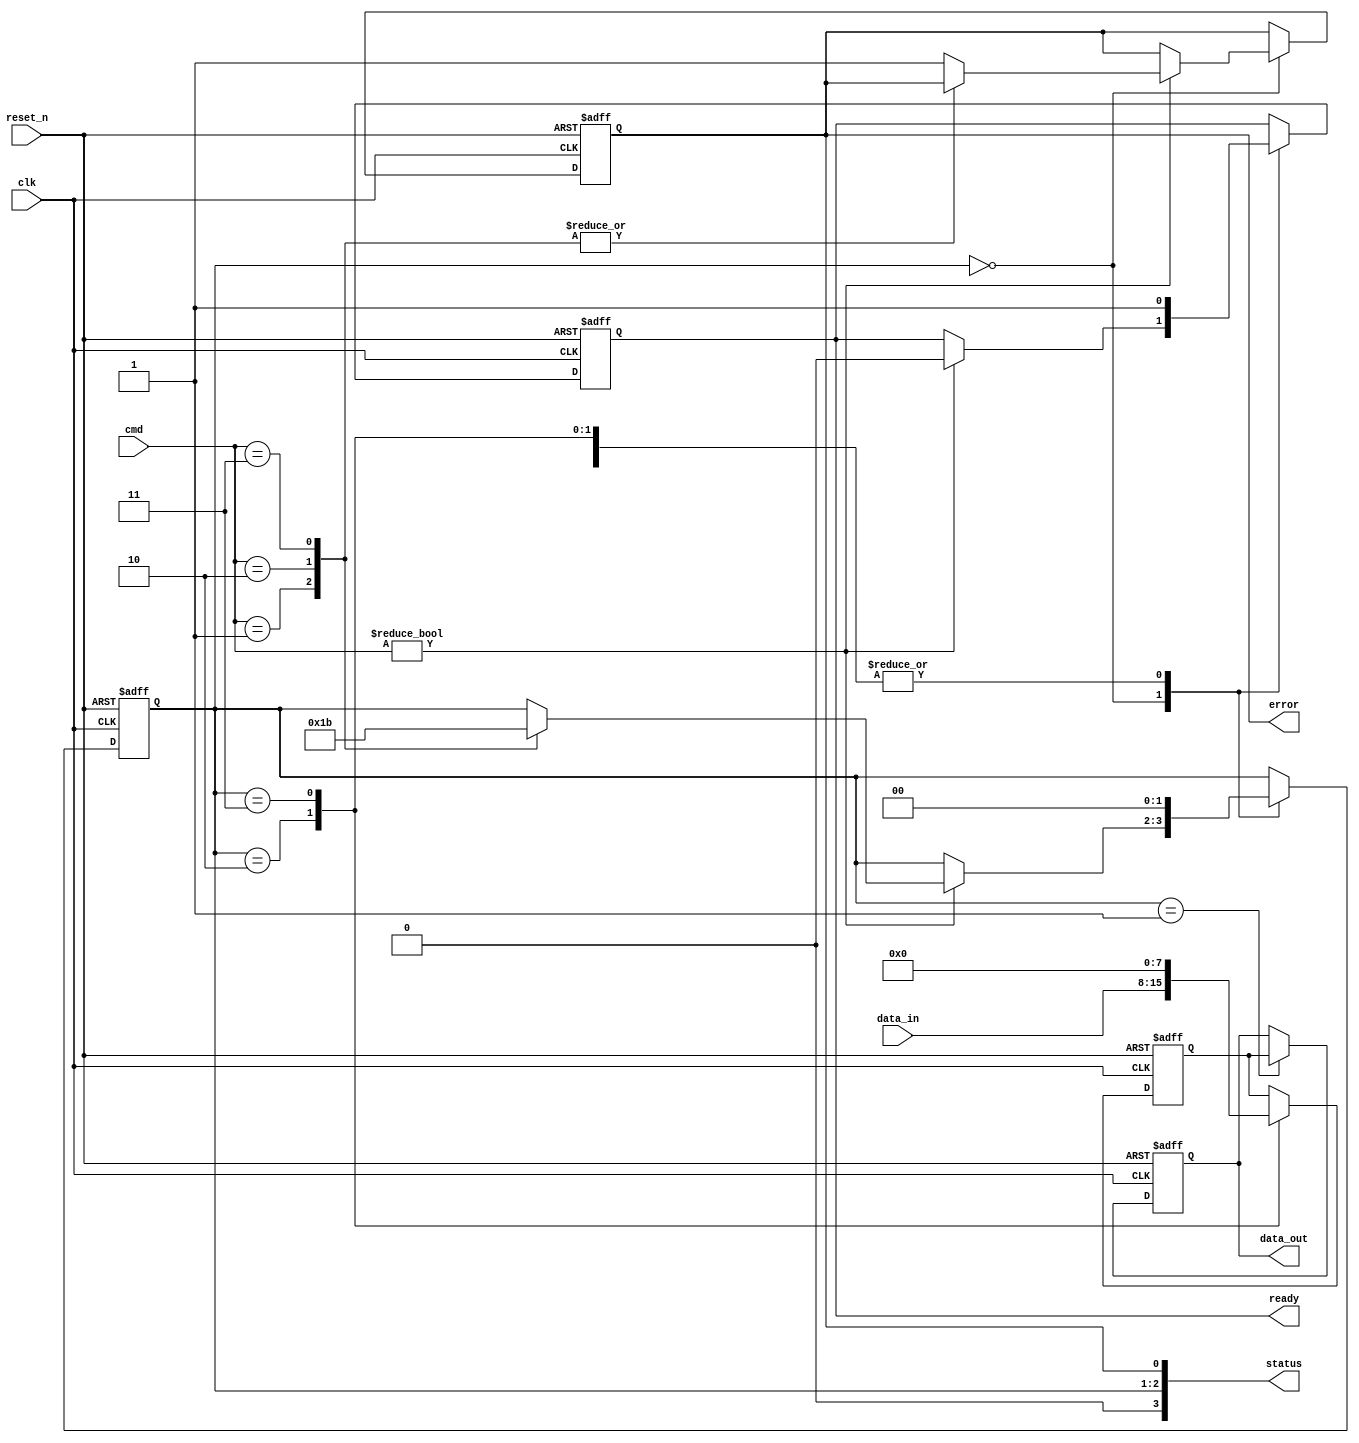
module mlc_nand_io_block (
    input wire clk,                     // System clock
    input wire reset_n,                 // Active low reset
    input wire [3:0] cmd,               // Command input (4-bit for simplicity)
    input wire [7:0] data_in,           // Data input from external source
    output reg [7:0] data_out,          // Data output to external device
    output reg ready,                   // Ready signal for external interface
    output reg error,                   // Error signal
    output wire [3:0] status            // Status signals
);

    // Internal signals
    reg [7:0] data_buffer;              // Buffer for incoming data
    reg [1:0] state;                    // State machine for control logic
    reg [7:0] voltage_level;            // Simulated voltage levels for MLC
    reg [3:0] command;                  // Command register

    // State definitions
    parameter IDLE = 2'b00;
    parameter READ = 2'b01;
    parameter WRITE = 2'b10;
    parameter ERASE = 2'b11;

    // Voltage level shifter (simplified)
    always @(*) begin
        case (data_buffer)
            8'b00000000: voltage_level = 8'b00000001; // Level 0
            8'b00000001: voltage_level = 8'b00000010; // Level 1
            8'b00000010: voltage_level = 8'b00000100; // Level 2
            8'b00000011: voltage_level = 8'b00001000; // Level 3
            default: voltage_level = 8'b00000000;      // Default
        endcase
    end

    // Control logic state machine
    always @(posedge clk or negedge reset_n) begin
        if (!reset_n) begin
            state <= IDLE;
            ready <= 1'b0;
            error <= 1'b0;
            data_out <= 8'b0;
            data_buffer <= 8'b0;
        end else begin
            case (state)
                IDLE: begin
                    if (cmd != 4'b0000) begin // If a command is received
                        command <= cmd;
                        ready <= 1'b0;
                        case (cmd)
                            4'b0001: state <= READ;  // Read command
                            4'b0010: state <= WRITE; // Write command
                            4'b0011: state <= ERASE;  // Erase command
                            default: error <= 1'b1;   // Invalid command
                        endcase
                    end
                end
                READ: begin
                    // Simulate read operation
                    data_out <= data_buffer; // Output data from buffer
                    ready <= 1'b1;           // Indicate ready for next operation
                    state <= IDLE;           // Return to idle
                end
                WRITE: begin
                    // Simulate write operation
                    data_buffer <= data_in;  // Capture incoming data
                    ready <= 1'b1;           // Indicate ready for next operation
                    state <= IDLE;           // Return to idle
                end
                ERASE: begin
                    // Simulate erase operation
                    data_buffer <= 8'b0;     // Clear buffer
                    ready <= 1'b1;           // Indicate ready for next operation
                    state <= IDLE;           // Return to idle
                end
                default: state <= IDLE;      // Default case
            endcase
        end
    end

    // Status signals (simplified)
    assign status = {state, error};

endmodule